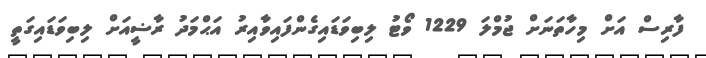
ފާރިސް އަށް މިހާތަނަށް ޖުމްލަ 1229 ވޯޓު ލިބިވަޑައިގެންފައިވާއިރު އަޙްމަދު ރާޟީއަށް ލިބިވަޑައިގަތީ